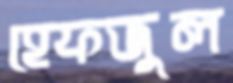
হেফজুল